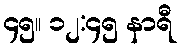
၄၅။ ၁၂:၄၅ နာရီ